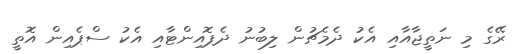
ރޭގެ މި ނަތީޖާއާއި އެކު ދެމެޗުން ލިބުނު ދެޕޮއިންޓާއި އެކު ސްޕެއިން އޮތީ